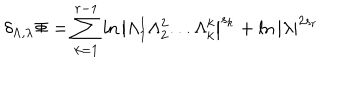
LaTeX: \delta _ { \Lambda , \lambda } \Phi = \sum _ { k = 1 } ^ { r - 1 } \ln \left| \Lambda _ { 1 } ^ { 1 } \Lambda _ { 2 } ^ { 2 } . . . \Lambda _ { k } ^ { k } \right| ^ { s _ { k } } + \ln \left| \lambda \right| ^ { 2 s _ { r } }